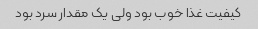
کیفیت غذا خوب بود ولی یک مقدار سرد بود